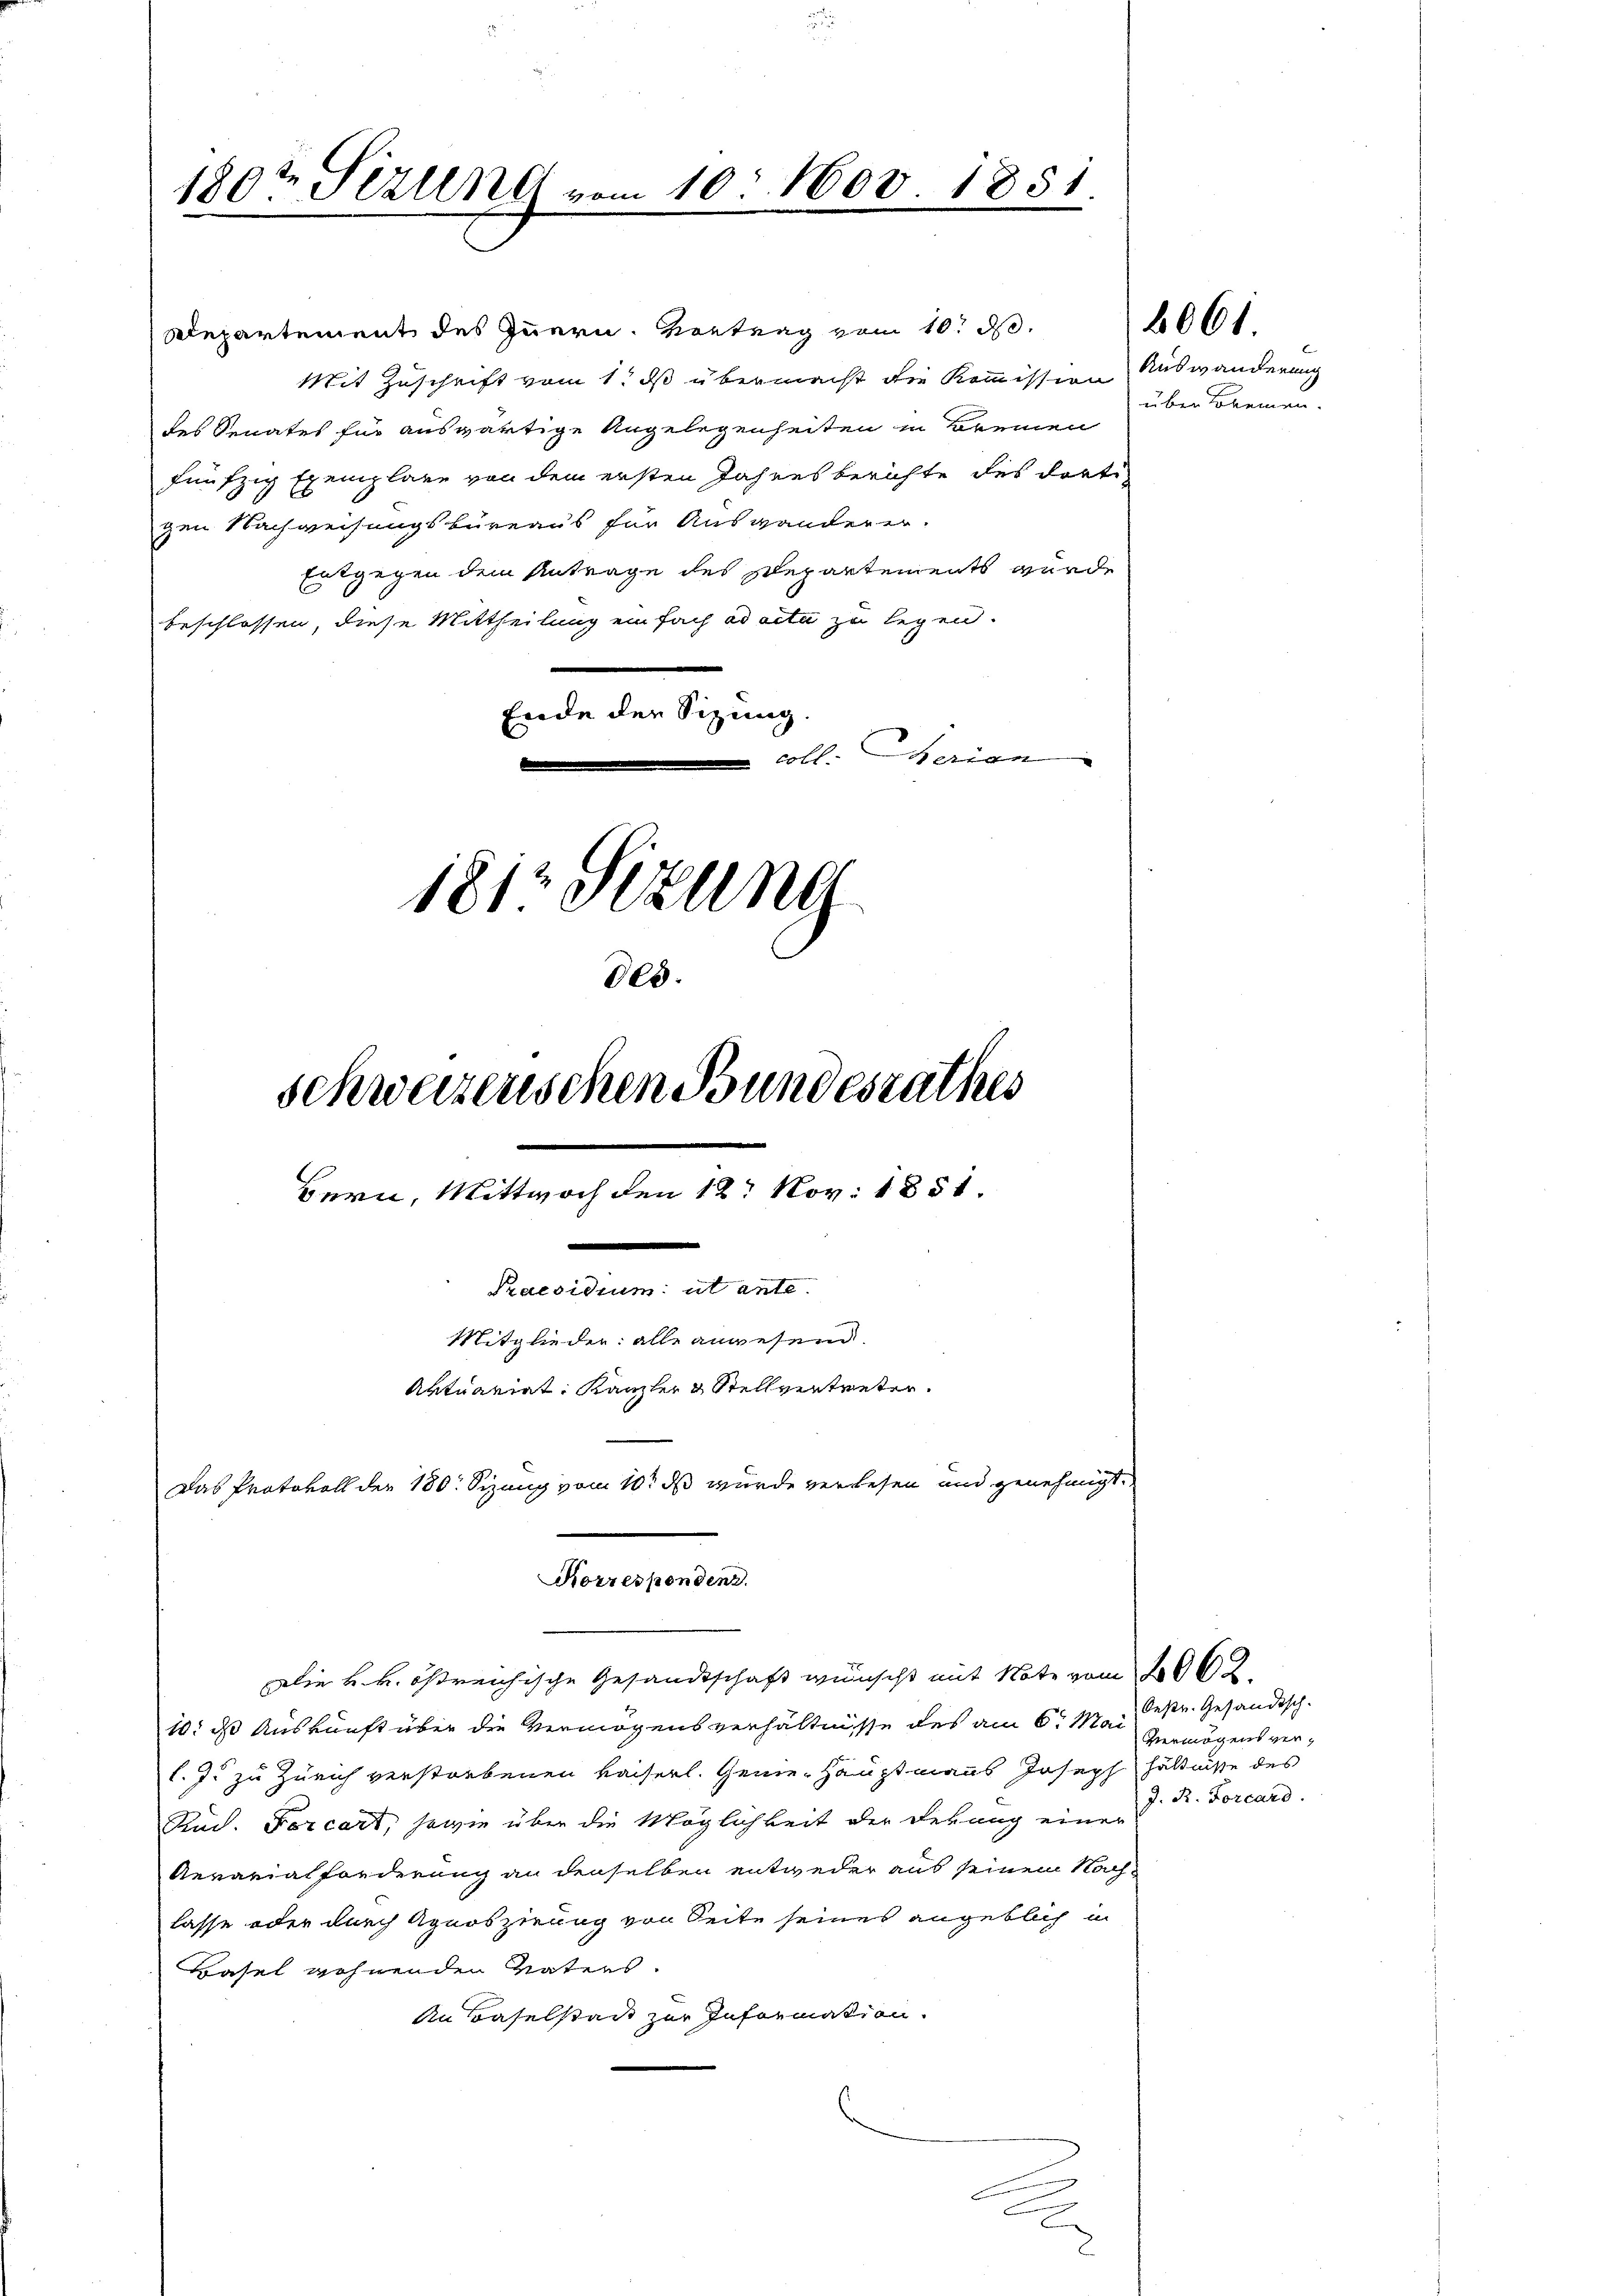
180te Sirung vom 10. Nov 1851

des.
schweizerischen Bundesrathes
Bern, Mittwoch den 12. Nov. 1851.
.
Praesidium ut ante
Mitglieder: alle anwesend.
Aktuariat Kanzler & Stellvertreten.
Das Protokoll der 180. Sizung vom 10t ds wurde verlesen und genehmigt.

Korrespondenz.
Die k. k. östreichische Gesandtschaft wünscht mit Note vom 2662.

Repartement des Innern. Vortrag vom 10. d.
Mit Zuschrift vom 1. ds übermacht die Kommission
des Senates für auswärtige Angelegenheiten in Bremen
fünfzig Exemplare von dem ersten Jahresberichte des dorti
gen Nachweisungsbüreaus für Auswanderer.
Entgegen dem Antrage des Departements wurde
beschlossen, diese Mittheilung einfach ad acta zu legen.
Ende der Sizung.
coll. Ferien
1817 Sizung

10. ds Auskunft über die Vermögensverhältnisse des am 6. Mai
l. J. zu Zürich verstorbenen Kaiserl. Genie-Hauptmanns Joseph hältnisse des
Rud. Forcart, sowie über die Möglichkeit der Sekung einer
Aerarialforderung an denselben entweder aus seinem Nach-
lasse oder durch Agnoszirung von Seite seines angeblich i
Basel wohnenden Vaters.
An Baselstadt zur Information.
g
e
e

Auswanderung
über Bremen.

6061.

Oestr. Gesandtsch.
Vermögens ver¬
J. R. Forcard.